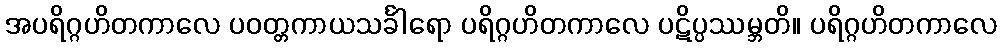
အပရိဂ္ဂဟိတကာလေ ပဝတ္တကာယသင်္ခါရော ပရိဂ္ဂဟိတကာလေ ပဋိပ္ပဿမ္ဘတိ။ ပရိဂ္ဂဟိတကာလေ